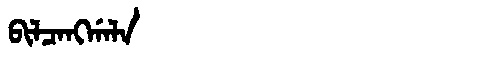
Manchu: ᠪᡳᠯᠴᠠᠩᡤᠠᠯᠠ
Romanization: BILCANGGALA